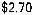
$2.70